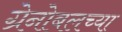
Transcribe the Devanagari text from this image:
ग्रेनोबलच्या